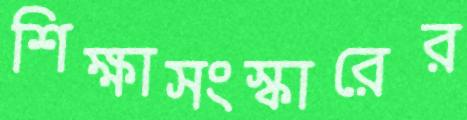
শিক্ষাসংস্কারের